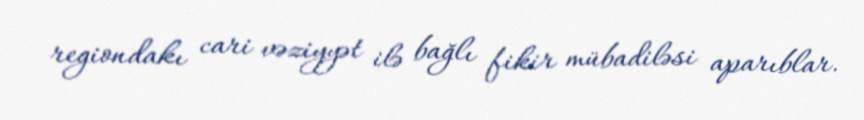
regiondakı cari vəziyyət ilə bağlı fikir mübadiləsi aparıblar.